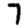
Digit: 7